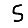
Digit: 5